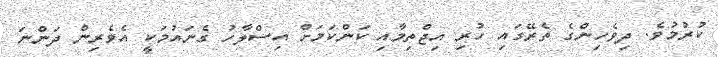
ކުރުމުވެ. ދިވެހިންގެ ތެރޭގައި ހުރި އިޖްތިމާއި ކަންކަމަށް އިސްލާހު ގެނައުމަކީ އެވެރިން ދަންނަ